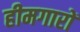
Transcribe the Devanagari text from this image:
हीमगारों